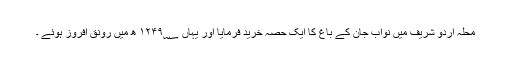
محلہ اردو شریف میں نواب جان کے باغ کا ایک حصہ خرید فرمایا اور یہاں ۱۲۴۹؁ ھ میں رونق افروز ہوئے ۔